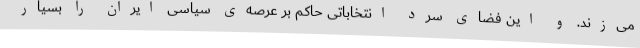
می‌زند. و این فضای سرد انتخاباتی حاکم بر عرصه‌ی سیاسی ایران را بسیار